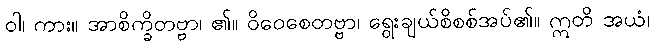
ဝါ၊ ကား။ အာစိက္ခိတဗ္ဗာ၊ ၏။ ဝိဝေစေတဗ္ဗာ၊ ရွေးချယ်စိစစ်အပ်၏။ ဣတိ အယံ၊